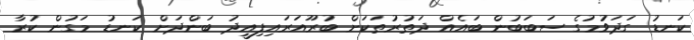
ކަނޑު ގަދަވުމުގެ ސަބަބުން ބައެއް ދަތުރުތަކަށް ބުރޫއަރައިފިއީދު ބަންދަށް ކަނޑު މަގުން ކުރާ